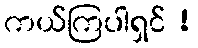
ကယ်ကြပါရှင် !